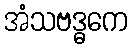
အံသဗဒ္ဓကေ